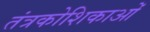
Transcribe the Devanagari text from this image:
तंत्रकोशिकाओं